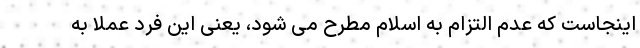
اینجاست که عدم التزام به اسلام مطرح می شود، یعنی این فرد عملاً به